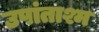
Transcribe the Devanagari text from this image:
उपांताश्म